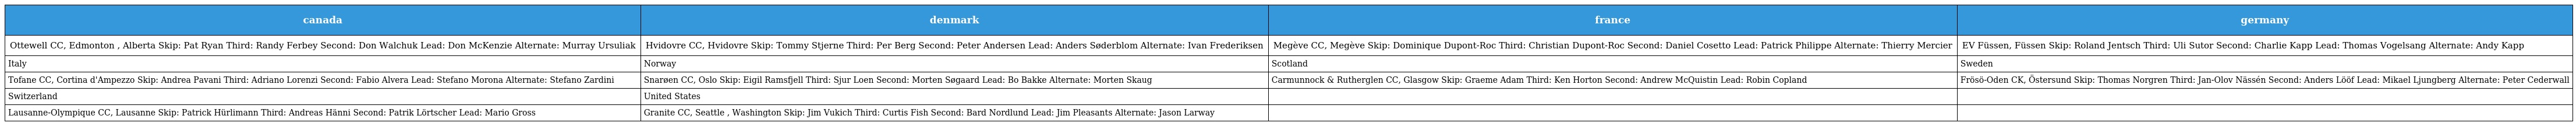
| canada | denmark | france | germany |
 | --- | --- | --- | --- |
 | Ottewell CC, Edmonton , Alberta Skip: Pat Ryan Third: Randy Ferbey Second: Don Walchuk Lead: Don McKenzie Alternate: Murray Ursuliak | Hvidovre CC, Hvidovre Skip: Tommy Stjerne Third: Per Berg Second: Peter Andersen Lead: Anders Søderblom Alternate: Ivan Frederiksen | Megève CC, Megève Skip: Dominique Dupont-Roc Third: Christian Dupont-Roc Second: Daniel Cosetto Lead: Patrick Philippe Alternate: Thierry Mercier | EV Füssen, Füssen Skip: Roland Jentsch Third: Uli Sutor Second: Charlie Kapp Lead: Thomas Vogelsang Alternate: Andy Kapp |
 | Italy | Norway | Scotland | Sweden |
 | Tofane CC, Cortina d'Ampezzo Skip: Andrea Pavani Third: Adriano Lorenzi Second: Fabio Alvera Lead: Stefano Morona Alternate: Stefano Zardini | Snarøen CC, Oslo Skip: Eigil Ramsfjell Third: Sjur Loen Second: Morten Søgaard Lead: Bo Bakke Alternate: Morten Skaug | Carmunnock & Rutherglen CC, Glasgow Skip: Graeme Adam Third: Ken Horton Second: Andrew McQuistin Lead: Robin Copland | Frösö-Oden CK, Östersund Skip: Thomas Norgren Third: Jan-Olov Nässén Second: Anders Lööf Lead: Mikael Ljungberg Alternate: Peter Cederwall |
 | Switzerland | United States |  |  |
 | Lausanne-Olympique CC, Lausanne Skip: Patrick Hürlimann Third: Andreas Hänni Second: Patrik Lörtscher Lead: Mario Gross | Granite CC, Seattle , Washington Skip: Jim Vukich Third: Curtis Fish Second: Bard Nordlund Lead: Jim Pleasants Alternate: Jason Larway |  |  |